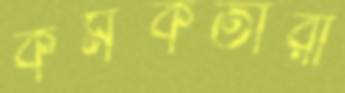
কর্মকর্তারা